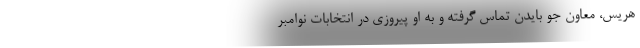
هریس، معاون جو بایدن تماس گرفته و به او پیروزی در انتخابات نوامبر